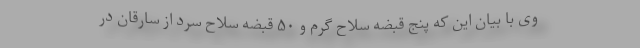
وی با بیان این که پنج قبضه سلاح گرم و ۵۰ قبضه سلاح سرد از سارقان در